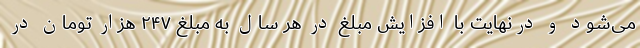
می‌شود و درنهایت با افزایش مبلغ در هر سال به مبلغ ۲۴۷ هزار تومان در